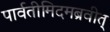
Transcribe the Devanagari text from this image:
पार्वतीमिदमब्रवीत्